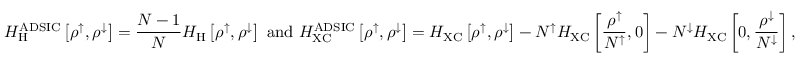
H _ { \mathrm { H } } ^ { \mathrm { A D S I C } } \left[ \rho ^ { \uparrow } , \rho ^ { \downarrow } \right] = \frac { N - 1 } { N } H _ { \mathrm { H } } \left[ \rho ^ { \uparrow } , \rho ^ { \downarrow } \right] \ \mathrm { a n d } \ H _ { \mathrm { X C } } ^ { \mathrm { A D S I C } } \left[ \rho ^ { \uparrow } , \rho ^ { \downarrow } \right] = H _ { \mathrm { X C } } \left[ \rho ^ { \uparrow } , \rho ^ { \downarrow } \right] - N ^ { \uparrow } H _ { \mathrm { X C } } \left[ \frac { \rho ^ { \uparrow } } { N ^ { \uparrow } } , 0 \right] - N ^ { \downarrow } H _ { \mathrm { X C } } \left[ 0 , \frac { \rho ^ { \downarrow } } { N ^ { \downarrow } } \right] ,